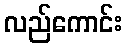
လည်ကောင်း